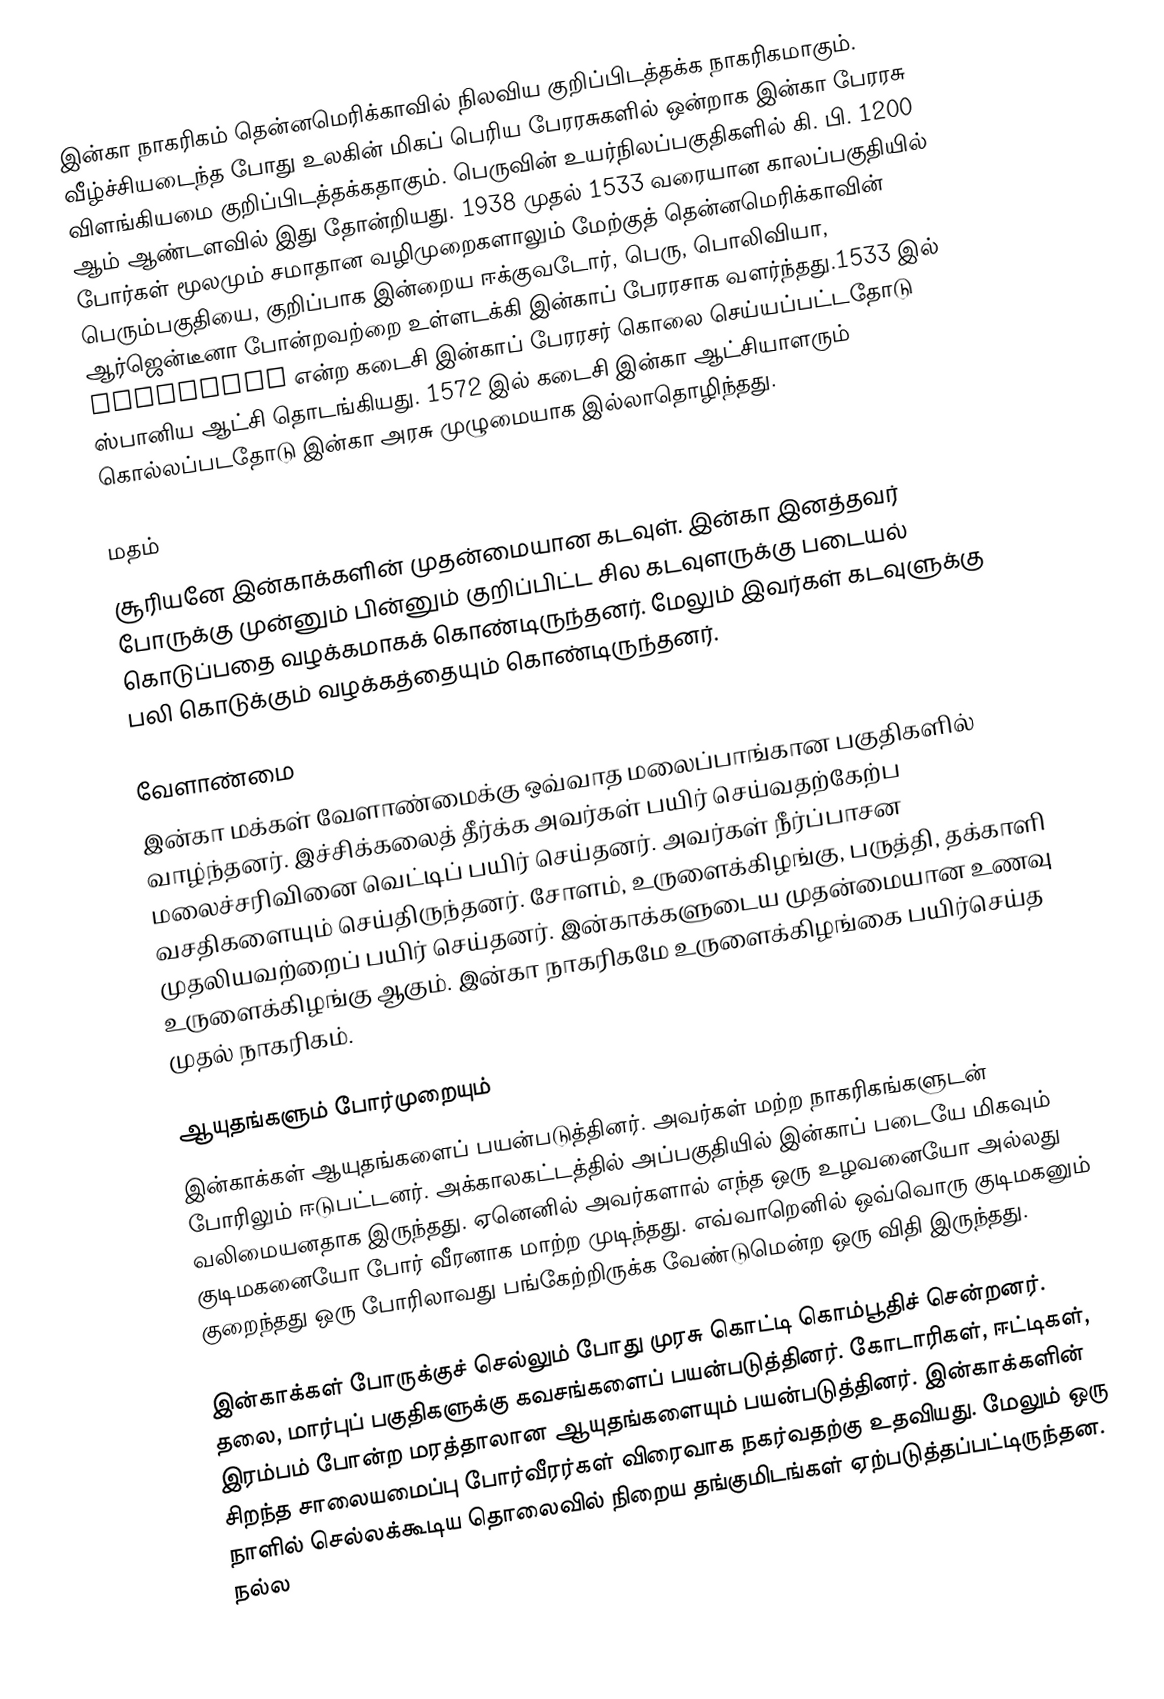
இன்கா நாகரிகம் தென்னமெரிக்காவில் நிலவிய குறிப்பிடத்தக்க நாகரிகமாகும். வீழ்ச்சியடைந்த போது உலகின் மிகப் பெரிய பேரரசுகளில் ஒன்றாக இன்கா பேரரசு விளங்கியமை குறிப்பிடத்தக்கதாகும். பெருவின் உயர்நிலப்பகுதிகளில் கி. பி. 1200 ஆம் ஆண்டளவில் இது தோன்றியது. 1938 முதல் 1533 வரையான காலப்பகுதியில் போர்கள் மூலமும் சமாதான வழிமுறைகளாலும் மேற்குத் தென்னமெரிக்காவின் பெரும்பகுதியை, குறிப்பாக இன்றைய ஈக்குவடோர், பெரு, பொலிவியா, ஆர்ஜென்டீனா போன்றவற்றை உள்ளடக்கி இன்காப் பேரரசாக வளர்ந்தது.1533 இல் Atahualpa என்ற கடைசி இன்காப் பேரரசர் கொலை செய்யப்பட்டதோடு ஸ்பானிய ஆட்சி தொடங்கியது. 1572 இல் கடைசி இன்கா ஆட்சியாளரும் கொல்லப்படதோடு இன்கா அரசு முழுமையாக இல்லாதொழிந்தது.

மதம்
சூரியனே இன்காக்களின் முதன்மையான கடவுள். இன்கா இனத்தவர் போருக்கு முன்னும் பின்னும் குறிப்பிட்ட சில கடவுளருக்கு படையல் கொடுப்பதை வழக்கமாகக் கொண்டிருந்தனர். மேலும் இவர்கள் கடவுளுக்கு பலி கொடுக்கும் வழக்கத்தையும் கொண்டிருந்தனர்.

வேளாண்மை
இன்கா மக்கள் வேளாண்மைக்கு ஒவ்வாத மலைப்பாங்கான பகுதிகளில் வாழ்ந்தனர். இச்சிக்கலைத் தீர்க்க அவர்கள் பயிர் செய்வதற்கேற்ப மலைச்சரிவினை வெட்டிப் பயிர் செய்தனர். அவர்கள் நீர்ப்பாசன வசதிகளையும் செய்திருந்தனர். சோளம், உருளைக்கிழங்கு, பருத்தி, தக்காளி முதலியவற்றைப் பயிர் செய்தனர். இன்காக்களுடைய முதன்மையான உணவு உருளைக்கிழங்கு ஆகும். இன்கா நாகரிகமே உருளைக்கிழங்கை பயிர்செய்த முதல் நாகரிகம்.

ஆயுதங்களும் போர்முறையும்
இன்காக்கள் ஆயுதங்களைப் பயன்படுத்தினர். அவர்கள் மற்ற நாகரிகங்களுடன் போரிலும் ஈடுபட்டனர். அக்காலகட்டத்தில் அப்பகுதியில் இன்காப் படையே மிகவும் வலிமையனதாக இருந்தது. ஏனெனில் அவர்களால் எந்த ஒரு உழவனையோ அல்லது குடிமகனையோ போர் வீரனாக மாற்ற முடிந்தது. எவ்வாறெனில் ஒவ்வொரு குடிமகனும் குறைந்தது ஒரு போரிலாவது பங்கேற்றிருக்க வேண்டுமென்ற ஒரு விதி இருந்தது.

இன்காக்கள் போருக்குச் செல்லும் போது முரசு கொட்டி கொம்பூதிச் சென்றனர். தலை, மார்புப் பகுதிகளுக்கு கவசங்களைப் பயன்படுத்தினர். கோடாரிகள், ஈட்டிகள், இரம்பம் போன்ற மரத்தாலான ஆயுதங்களையும் பயன்படுத்தினர். இன்காக்களின் சிறந்த சாலையமைப்பு போர்வீரர்கள் விரைவாக நகர்வதற்கு உதவியது. மேலும் ஒரு நாளில் செல்லக்கூடிய தொலைவில் நிறைய தங்குமிடங்கள் ஏற்படுத்தப்பட்டிருந்தன. நல்ல